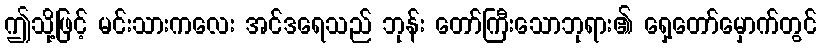
ဤသို့ဖြင့် မင်းသားကလေး အင်ဒရေသည် ဘုန်း တော်ကြီးသောဘုရား၏ ရှေ့တော်မှောက်တွင်